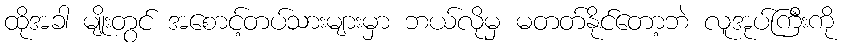
ထိုအခါ မျိုးတွင် အစောင့်တပ်သားများမှာ ဘယ်လိုမှ မတတ်နိုင်တော့ဘဲ လူအုပ်ကြီးကို